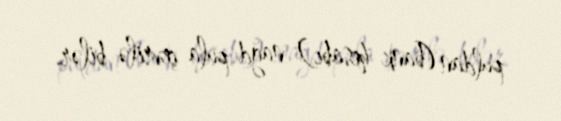
puldan (bank hesabı) nağd pula çevrilə bilər.